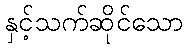
နှင့်သက်ဆိုင်သော